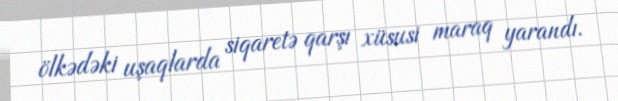
ölkədəki uşaqlarda siqaretə qarşı xüsusi maraq yarandı.